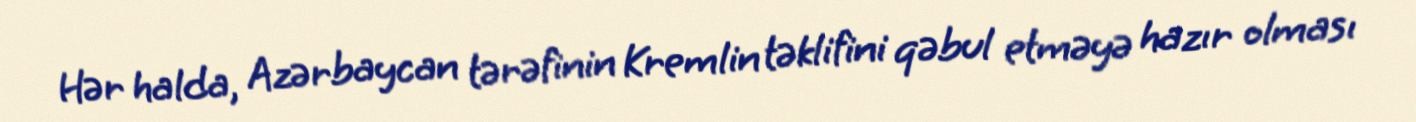
Hər halda, Azərbaycan tərəfinin Kremlin təklifini qəbul etməyə hazır olması